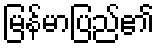
မြန်မာပြည်၏